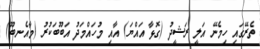
ތެރޭގައި ހިމެނޭ އަލީ ރަޝީދު (ގޮޅާ އައްޔަ) އާއި މުހައްމަދު އަބޫބަކުރު (މާއެނބޫ)